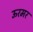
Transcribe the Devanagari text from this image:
ऊरमर